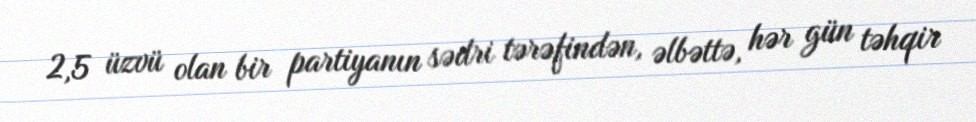
2,5 üzvü olan bir partiyanın sədri tərəfindən, əlbəttə, hər gün təhqir